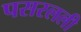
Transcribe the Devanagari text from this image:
पसरलली